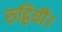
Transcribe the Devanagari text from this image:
रुट्ठियौ।